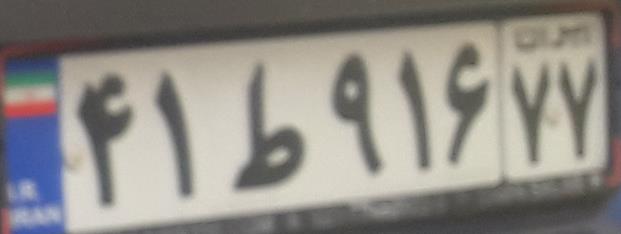
۴۱ط۹۱۶۷۷